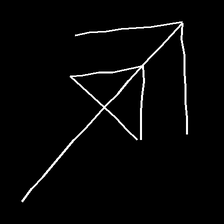
Glyph: pull